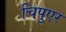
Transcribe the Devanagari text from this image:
चिपुएर